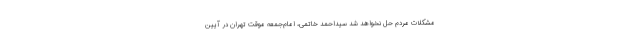
مشکلات مردم حل نخواهد شد سیداحمد خاتمی، امام‌جمعه موقت تهران در آیین